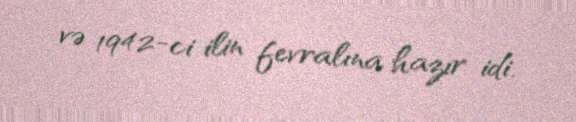
və 1942-ci ilin fevralına hazır idi.